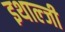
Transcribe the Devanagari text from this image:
इथाल्जी